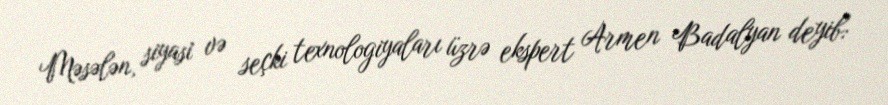
Məsələn, siyasi və seçki texnologiyaları üzrə ekspert Armen Badalyan deyib: